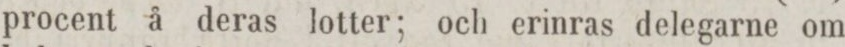
procent å deras lotter; och erinras delegarne om